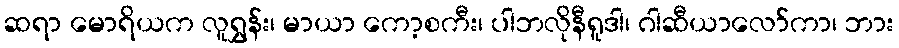
ဆရာ မောရိယက လူရွှန်း၊ မာယာ ကော့စကီး၊ ပါဘလိုနီရူဒါ၊ ဂါဆီယာလော်ကာ၊ ဘား